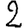
Digit: 2